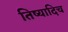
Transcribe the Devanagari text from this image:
तिष्यादिच